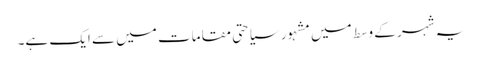
یہ شہر کے وسط میں مشہور سیاحتی مقامات میں سے ایک ہے۔